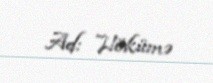
Ad: Hökümə